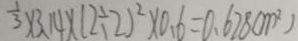
\frac { 1 } { 3 } \times 3 . 1 4 \times ( 2 \div 2 ) ^ { 2 } \times 0 . 6 = 0 . 6 2 8 ( m ^ { 2 } )